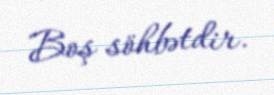
Boş söhbətdir.